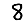
Digit: 8